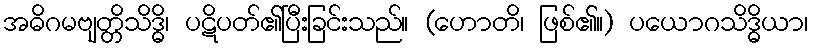
အဓိဂမဗျတ္တိသိဒ္ဓိ၊ ပဋိပတ်၏ပြီးခြင်းသည်။ (ဟောတိ၊ ဖြစ်၏။) ပယောဂသိဒ္ဓိယာ၊